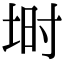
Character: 埘